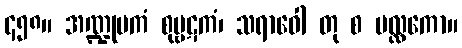
၄၅၈။ အဏ္ဍုပကံ စုမ္ဗဋကံ၊ သရာဝေါ တု စ မလ္လကော။